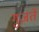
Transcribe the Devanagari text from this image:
गुज़र्ते